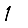
Digit: 1